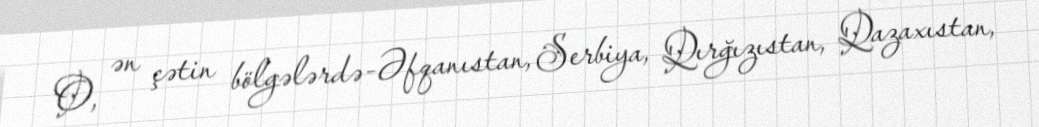
O, ən çətin bölgələrdə-Əfqanıstan, Serbiya, Qırğızıstan, Qazaxıstan,